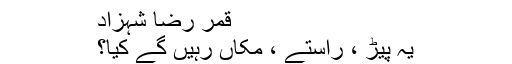
قمر رضا شہزاد
یہ پیڑ ، راستے ، مکاں رہیں گے کیا؟